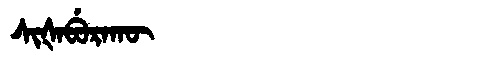
Manchu: ᠰᡳᡧᠠᠪᡠᡵᠠᡴᡡ
Romanization: SIŠABURAKŪ